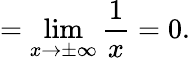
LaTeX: =\operatorname*{lim}_{x\to\pm\infty}{\frac{1}{x}}=0.